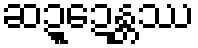
ဆဍ္ဍေန္တဿ